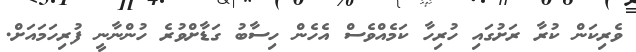
ވެރިކަން ކުރާ ރަށުގައި ހުރިހާ ކަމެއްވެސް އެހެން ހިސާބު ގަޑާށްވުރެ ހުންނާނީ ފުރިހަމައަށް.